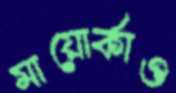
মায়োর্কাও